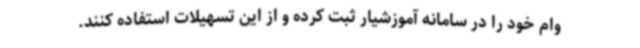
وام خود را در سامانه آموزشیار ثبت کرده و از این تسهیلات استفاده کنند.